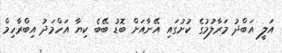
އަލީ އަބްދު މަރާލުމުގެ ކުށުގައި އޭނާއަށް ބޮޑު ބޭބެ ކިޔާ އަހްމަދު އިބްރާހިމް